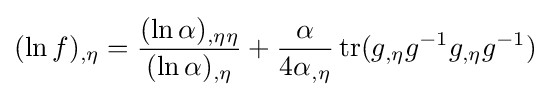
(\ln f)_{,\eta }={\frac {(\ln \alpha )_{,\eta \eta }}{(\ln \alpha )_{,\eta }}}+{\frac {\alpha }{4\alpha _{,\eta }}}\operatorname {tr} (g_{,\eta }g^{-1}g_{,\eta }g^{-1})